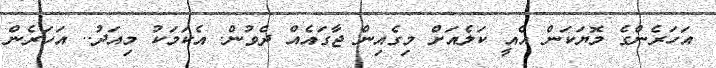
އަހަރެންގެ މޮޔަކަން އެއީ ކަލެއަށް މިގެއިން ޖާގައެއް ދެވުން. އެކަމަކު މިއަދު.. އަހަރެން